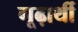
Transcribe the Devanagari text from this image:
गूढ़ार्थी